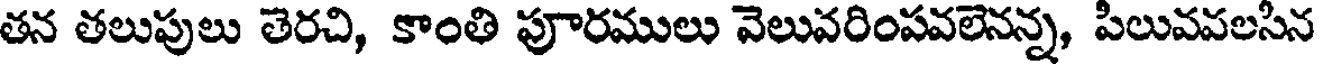
తన తలుపులు తెరచి, కాంతి పూరములు వెలువరింపవలెనన్న, పిలువవలసిన